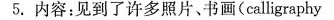
5.内容：见到了许多照片、书画(calligraphy